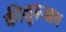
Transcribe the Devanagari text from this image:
कीशुरूआत